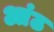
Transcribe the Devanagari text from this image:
आंठ